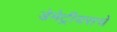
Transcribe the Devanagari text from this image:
डेमेट्रीयसचे